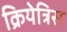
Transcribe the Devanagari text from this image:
क्रियेत्रिस